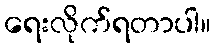
ရေးလိုက်ရတာပါ။